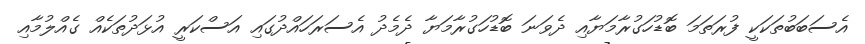
އެސަބަބުތަކަކީ ފުރަތަމަ ބޮޑުހަގުރާމަޔާއި ދެވަނަ ބޮޑުހަގުރާމަޔާ ދެމެދު އެސަރަހައްދުގައި އަސްކަރީ އުޅަދުތަކެއް ގެއްލުމާއި